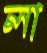
লা